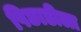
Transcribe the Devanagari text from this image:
पिछाडीला